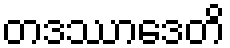
တဒဿာဒေတိ